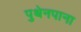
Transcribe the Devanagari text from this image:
पुथेनपाना